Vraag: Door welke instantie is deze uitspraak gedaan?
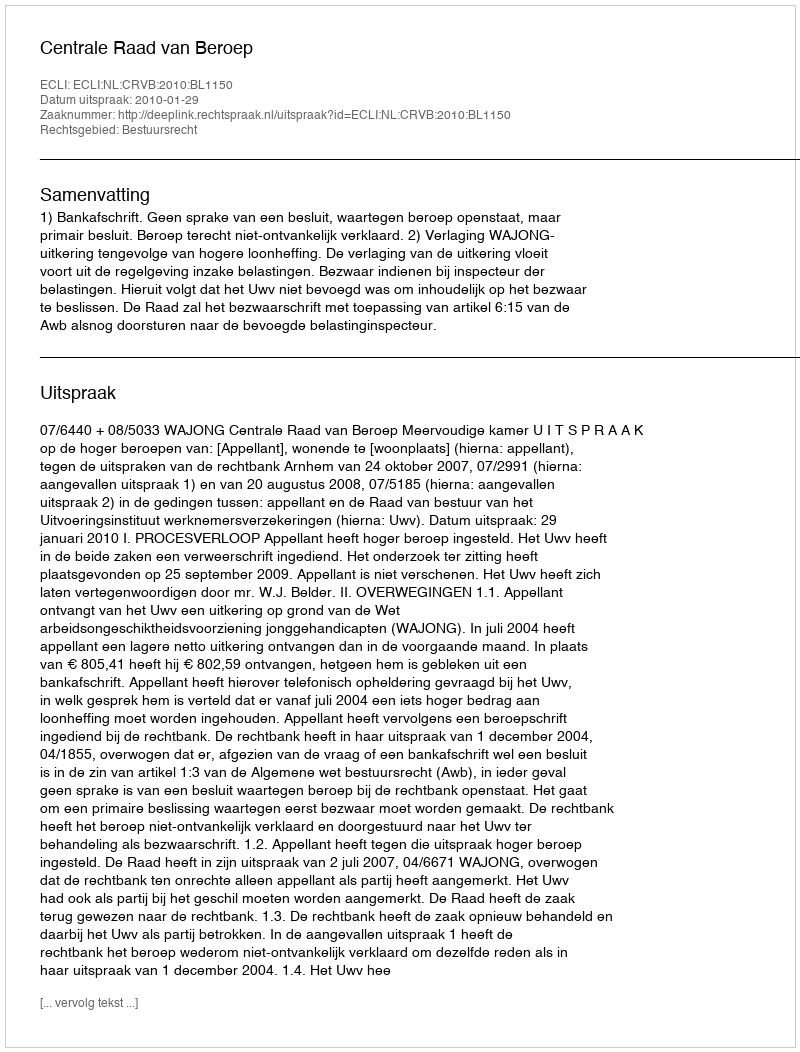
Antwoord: Centrale Raad van Beroep